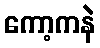
ကော့ကနဲ